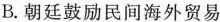
B. 朝廷鼓励民间海外贸易